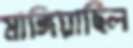
মাঙ্গিয়াছিল